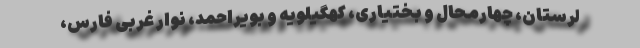
لرستان، چهارمحال و بختیاری، کهگیلویه و بویراحمد، نوار غربی فارس،